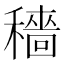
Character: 穡